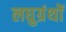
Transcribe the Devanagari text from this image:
लघुग्रंथों